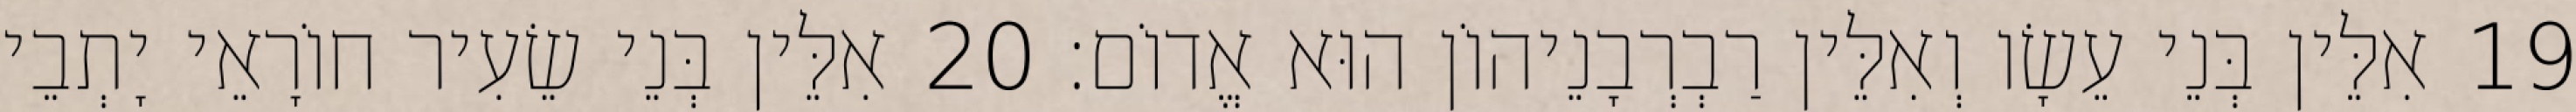
19 אִלֵּין בְּנֵי עֵשָׂו וְאִלֵּין רַבְרְבָנֵיהוֹן הוּא אֱדוֹם׃ 20 אִלֵּין בְּנֵי שֵׂעִיר חוֹרָאֵי יָתְבֵי